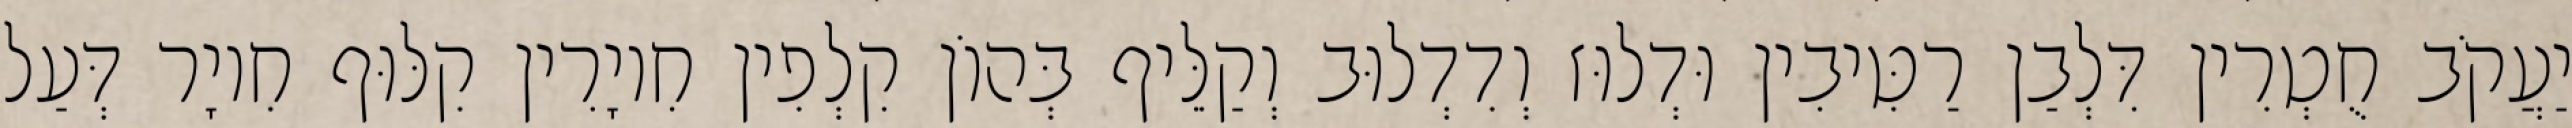
יַעֲקֹב חֻטְרִין דִּלְבַן רַטִּיבִין וּדְלוּז וְדִדְלוּב וְקַלֵּיף בְּהוֹן קִלְפִין חִיוָרִין קִלּוּף חִיוָר דְּעַל